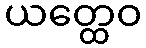
ယတ္ထေဝ